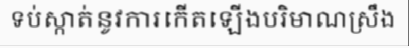
ទប់ស្កាត់នូវការកើតឡើងបរិមាណស្រឹង